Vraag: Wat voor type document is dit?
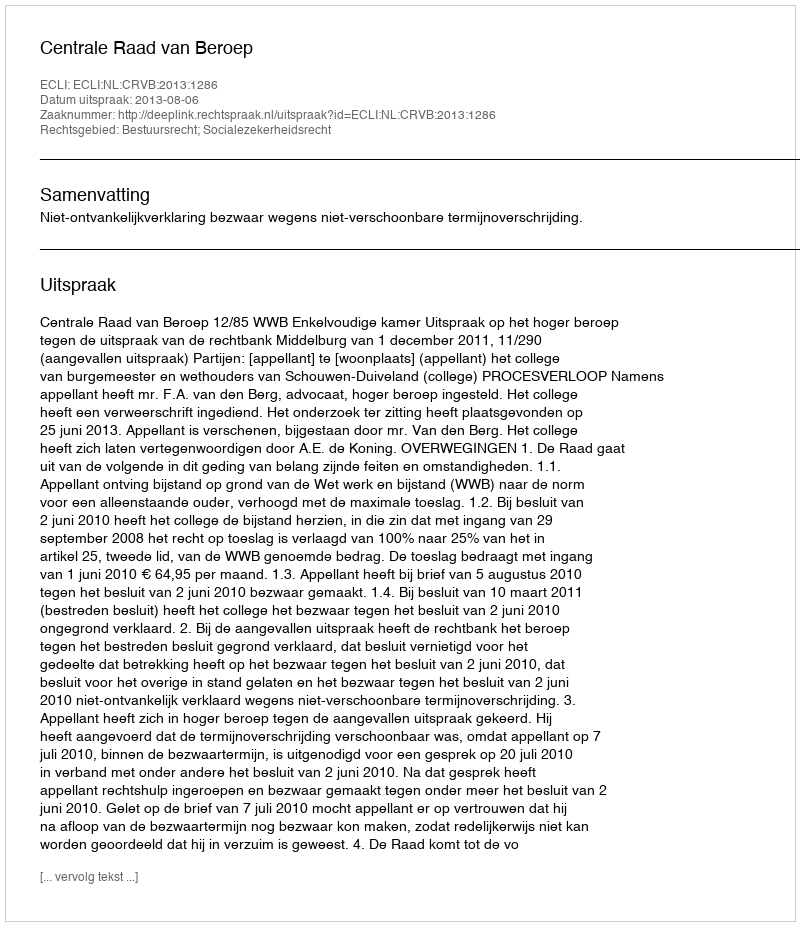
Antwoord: Uitspraak